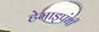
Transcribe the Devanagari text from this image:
हेमाड्पंथी